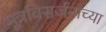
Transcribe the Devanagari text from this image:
मूत्रविसर्जनाच्या